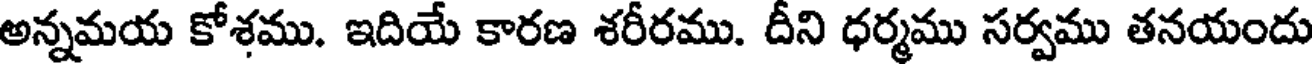
అన్నమయ కోశము. ఇదియే కారణ శరీరము. దీని ధర్మము సర్వము తనయందు